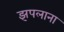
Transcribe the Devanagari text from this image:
झपलाना